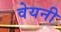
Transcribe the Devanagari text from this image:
वेयनी